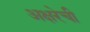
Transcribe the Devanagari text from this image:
अक्षरेची